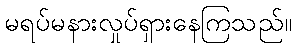
မရပ်မနားလှုပ်ရှားနေကြသည်။